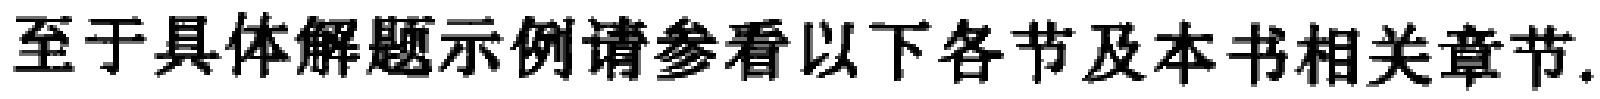
至于具体解题示例请参看以下各节及本书相关章节.